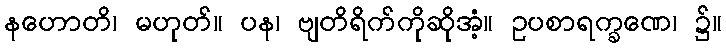
နဟောတိ၊ မဟုတ်။ ပန၊ ဗျတိရိက်ကိုဆိုအံ့။ ဥပစာရက္ခဏေ၊ ၌။